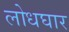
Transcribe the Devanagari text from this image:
लोधघार